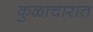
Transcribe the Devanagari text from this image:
कुळाचारात